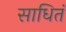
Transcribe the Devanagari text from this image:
साधितं